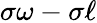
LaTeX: \sigma\omega-\sigma\ell